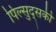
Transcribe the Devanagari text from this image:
पिल्सुद्सकी